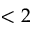
< 2